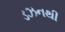
ડઝનથી